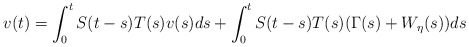
\begin{align*}v(t) = \int_0^t S(t-s)T(s)v(s)ds + \int_0^t S(t-s)T(s)(\Gamma(s) + W_{\eta}(s))ds\end{align*}